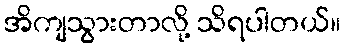
အိကျသွားတာလို့ သိရပါတယ်။